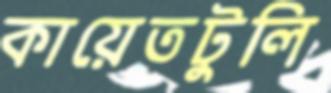
কায়েতটুলি